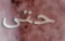
حتى